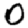
Digit: 0